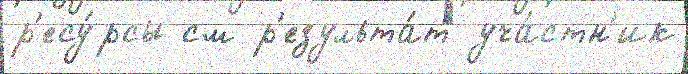
р'есу́рсы см р'езульта́т уча́стн'ик